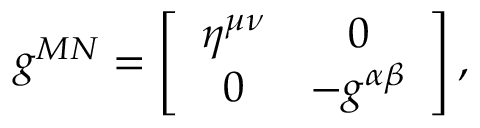
g ^ { M N } = \left[ \begin{array} { c c } { { \eta ^ { \mu \nu } } } & { { 0 } } \\ { { 0 } } & { { - g ^ { \alpha \beta } } } \end{array} \right] ,